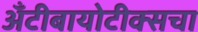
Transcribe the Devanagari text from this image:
अँटीबायोटीक्सचा